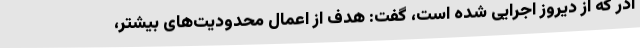
آذر که از دیروز اجرایی شده است، گفت: هدف از اعمال محدودیت‌های بیشتر،